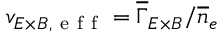
v _ { E \times B , \mathrm { ~ e ~ f ~ f ~ } } = \overline { { \Gamma } } _ { E \times B } / \overline { { n } } _ { e }